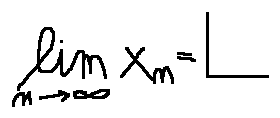
\lim \limits _ { n \rightarrow \infty } x _ { n } = L